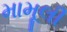
મામૂલી